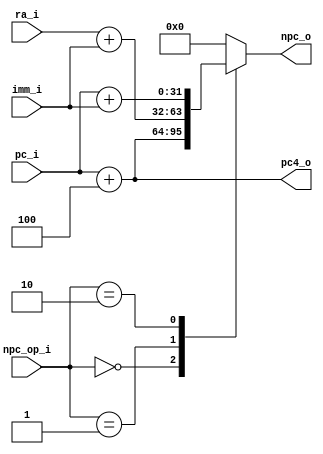
module NPC(
    input  [1:0]  npc_op_i,
    input  [31:0] pc_i,
    input  [31:0] imm_i,
    input  [31:0] ra_i,
    output [31:0] pc4_o,
    output reg [31:0] npc_o
);

parameter PC4 = 2'b00,
           RA = 2'b01,
           IMM = 2'b10;

assign pc4_o = pc_i + 4;

always @(*) begin
    case(npc_op_i)
        PC4: npc_o = pc_i + 4;
        RA: npc_o = ra_i + imm_i;
        IMM: npc_o = pc_i + imm_i;
        default: npc_o = 32'b0;
    endcase
end

endmodule